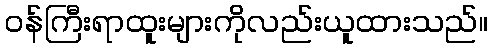
ဝန်ကြီးရာထူးများကိုလည်းယူထားသည်။